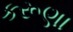
કરૂણા